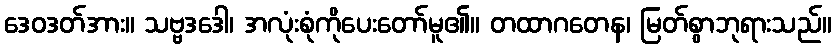
ဒေဝဒတ်အား။ သဗ္ဗဒဒေါ၊ အလုံးစုံကိုပေးတော်မူ၏။ တထာဂတေန၊ မြတ်စွာဘုရားသည်။